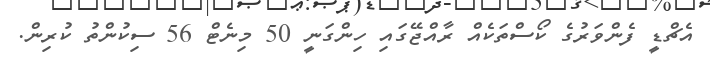
އެޗްޑީ ފެންވަރުގެ ކޯސްތަކެއް ރާއްޖޭގައި ހިންގަނީ 50 މިނެޓް 56 ސިކުންތު ކުރިން.